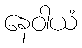
နေဝါယံ